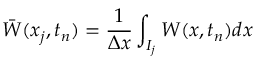
\Bar W ( x _ { j } , t _ { n } ) = \frac { 1 } { \Delta x } \int _ { I _ { j } } W ( x , t _ { n } ) d x